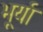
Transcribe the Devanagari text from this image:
भूर्या